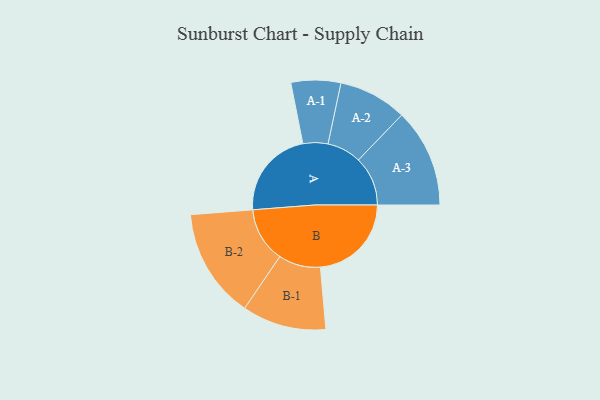
{"axis": {"x": "Segment", "y": "Value"}, "legend": ["", "A", "B"], "data": [{"x": "A", "y": 477, "type": ""}, {"x": "B", "y": 487, "type": ""}, {"x": "A-1", "y": 133, "type": "A"}, {"x": "A-2", "y": 183, "type": "A"}, {"x": "A-3", "y": 264, "type": "A"}, {"x": "B-1", "y": 225, "type": "B"}, {"x": "B-2", "y": 294, "type": "B"}]}